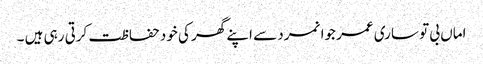
اماں بی تو ساری عمر جوانمرد سے اپنے گھر کی خود حفاظت کرتی رہی ہیں ۔